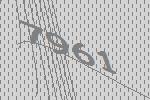
7961